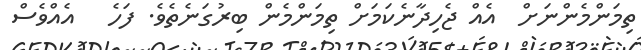
ތިމަންމެންނަށް  އެއް ޖެހިދާނެކަމަށް ތިމަންމެން ބިރުގަނެތެވެ. ފަހެ   އެއްވެސް